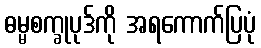
ဓမ္မစက္ခုပုဒ်ကို အရကောက်ပြပုံ